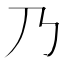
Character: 乃